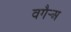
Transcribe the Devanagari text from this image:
वगैर्‍अ